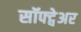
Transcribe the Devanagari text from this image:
सॉफ्ट्वेअर